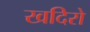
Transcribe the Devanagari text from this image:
खदिरो